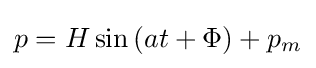
p=H\sin {(at+\Phi )}+p_{m}